Problem: 2 × 4 = ?
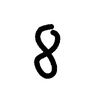
Handwritten answer: 8